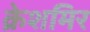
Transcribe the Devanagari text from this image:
क्रेशमिर